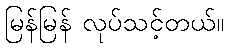
မြန်မြန် လုပ်သင့်တယ်။